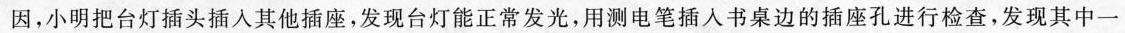
因，小明把台灯插头插入其他插座，发现台灯能正常发光，用测电笔插入书桌边的插座孔进行检查，发现其中一